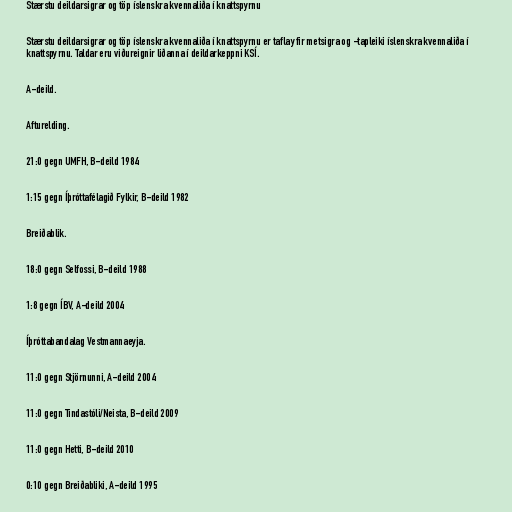
Stærstu deildarsigrar og töp íslenskra kvennaliða í knattspyrnu

Stærstu deildarsigrar og töp íslenskra kvennaliða í knattspyrnu er tafla yfir metsigra og -tapleiki íslenskra kvennaliða í
knattspyrnu. Taldar eru viðureignir liðanna í deildarkeppni KSÍ.

A-deild.

Afturelding.

21:0 gegn UMFH, B-deild 1984

1:15 gegn Íþróttafélagið Fylkir, B-deild 1982

Breiðablik.

18:0 gegn Selfossi, B-deild 1988

1:8 gegn ÍBV, A-deild 2004

Íþróttabandalag Vestmannaeyja.

11:0 gegn Stjörnunni, A-deild 2004

11:0 gegn Tindastóli/Neista, B-deild 2009

11:0 gegn Hetti, B-deild 2010

0:10 gegn Breiðabliki, A-deild 1995